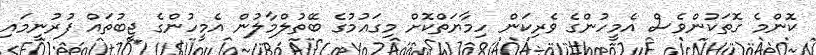
ކޮންމެ ގޮތަކުންވެސް އެމީހުންގެ ވެރިކަން ހިމާޔަތްކޮށް މިގައުމުގެ ބޭތުލްމާލުން އެމީހުންގެ ޖީބުތައް ފުރުނީމައި